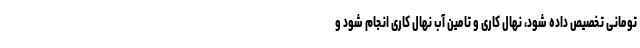
تومانی تخصیص داده شود، نهال کاری و تامین آب نهال کاری انجام شود و